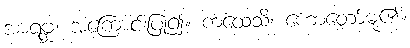
အာရဗ္ဘ၊ အကြောင်းပြု၍။ ကထေသိ၊ ဟောတော်မူ၏။